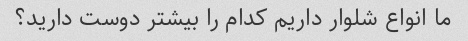
ما انواع شلوار داریم کدام را بیشتر دوست دارید؟